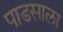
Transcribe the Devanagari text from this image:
पाडसाला